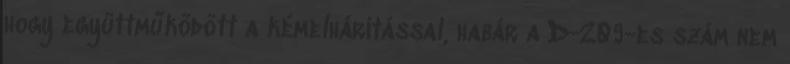
hogy együttműködött a kémelhárítással, habár a D-209-es szám nem